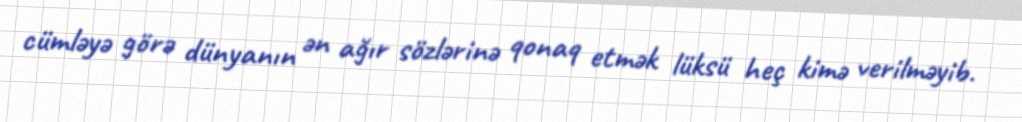
cümləyə görə dünyanın ən ağır sözlərinə qonaq etmək lüksü heç kimə verilməyib.